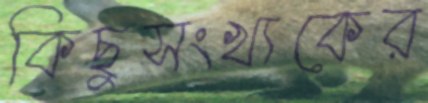
কিছুসংখ্যকের